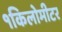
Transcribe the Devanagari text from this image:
१किलोमीटर